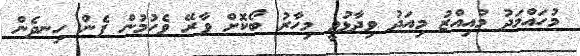
މުހައްމަދު މުއިއްޒު މިއަދު ވިދާޅުވީ މިހާރު ބޯކޮށް ވާރޭ ވެހުމުން ފެން ހިނދެން